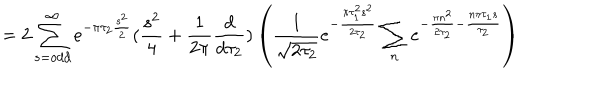
= 2 \sum _ { s = o d d } ^ { \infty } e ^ { - \pi \tau _ { 2 } \frac { s ^ { 2 } } { 2 } } ( \frac { s ^ { 2 } } { 4 } + \frac { 1 } { 2 \pi } \frac { d } { d \tau _ { 2 } } ) \left( \frac { 1 } { \sqrt { 2 \tau _ { 2 } } } e ^ { - \frac { \pi \tau _ { 1 } ^ { 2 } s ^ { 2 } } { 2 \tau _ { 2 } } } \sum _ { n } e ^ { - \frac { \pi n ^ { 2 } } { 2 \tau _ { 2 } } - \frac { n \pi \tau _ { 1 } s } { \tau _ { 2 } } } \right)